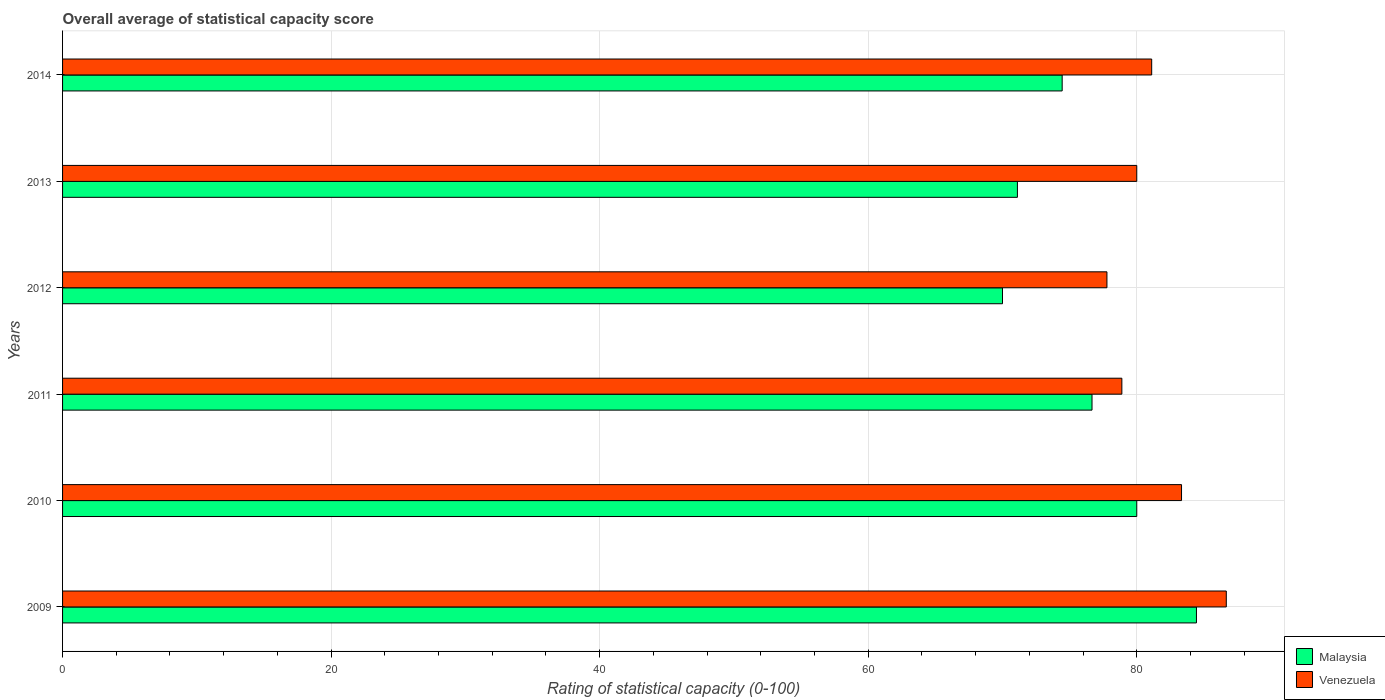
| Years | Malaysia | Venezuela |
 | --- | --- | --- |
 | 2009 | 84.4 | 86.7 |
 | 2010 | 80 | 83.3 |
 | 2011 | 76.7 | 78.9 |
 | 2012 | 70 | 77.8 |
 | 2013 | 71.1 | 80 |
 | 2014 | 74.4 | 81.1 |